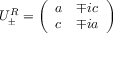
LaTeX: U _ { \pm } ^ { R } = \left( \begin{array} { c c } { { a } } & { { \mp i c } } \\ { { c } } & { { \mp i a } } \end{array} \right)